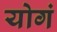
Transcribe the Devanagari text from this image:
योगं